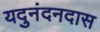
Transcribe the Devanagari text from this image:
यदुनंदनदास